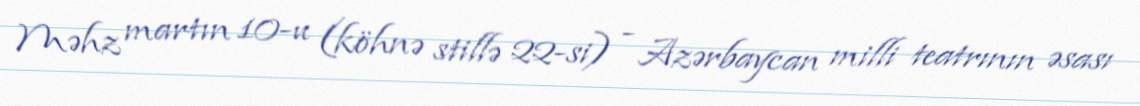
Məhz martın 10-u (köhnə stillə 22-si) - Azərbaycan milli teatrının əsası